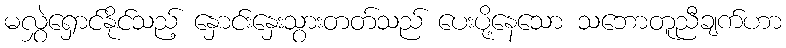
မလွှဲရှောင်နိုင်သည့် နှောင်းနှေးသွားတတ်သည် ပေးပို့နေသော သဘောတူညီချက်ဟာ